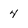
Character: 4